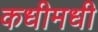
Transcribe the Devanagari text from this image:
कधीमधी